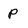
Character: P